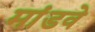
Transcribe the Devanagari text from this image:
मांडवे